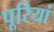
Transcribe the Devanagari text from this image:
पूरियां